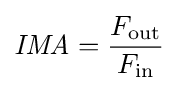
{\mathit {IMA}}={\frac {F_{\text{out}}}{F_{\text{in}}}}